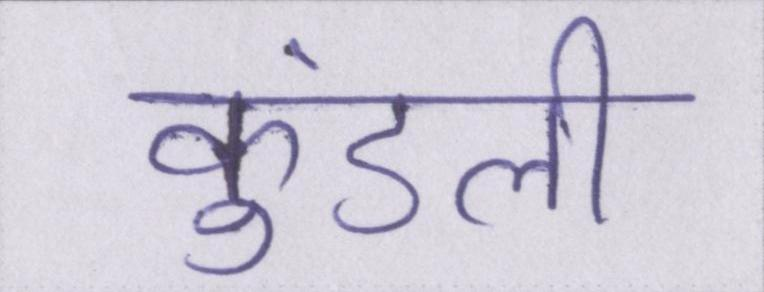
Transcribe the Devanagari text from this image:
कुंडली